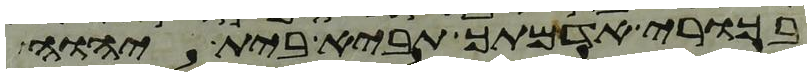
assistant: בכורי אדמתך תביא בית יהוה